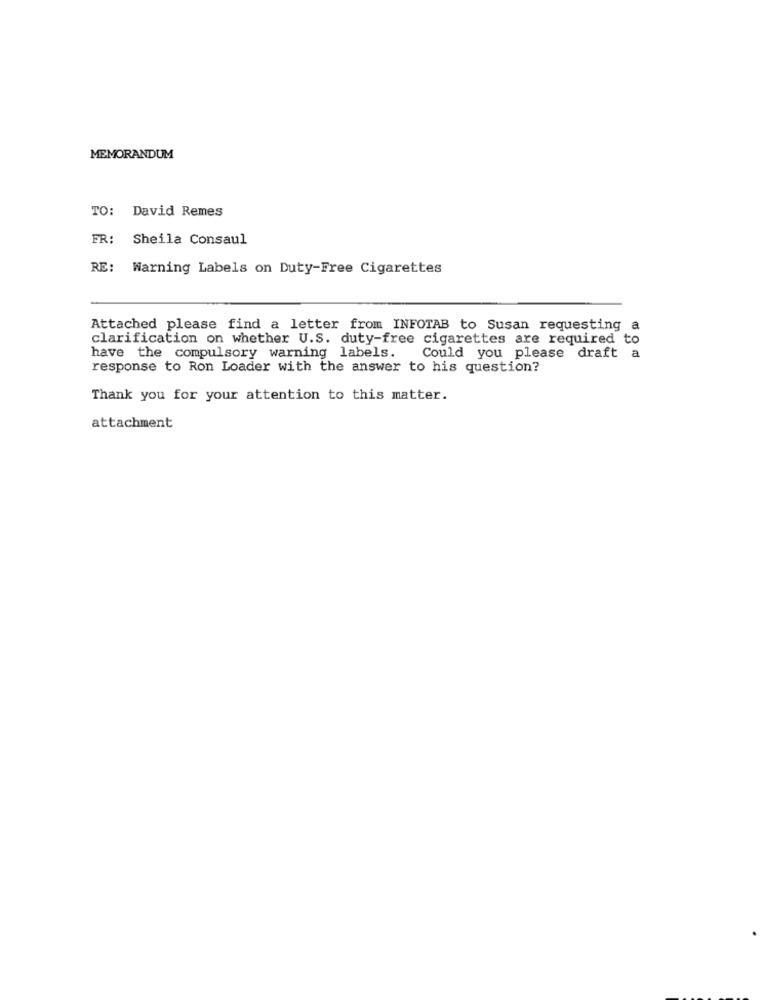
MEMORANDUM
TO: David Remes
FR:
Sheila Consaul
RE: Warning Labels on Duty-Free Cigarettes
Attached please find a letter from INFOTAB to Susan requesting a
clarification on whether U.S. duty-free cigarettes are required to
have the compulsory warning labels.
Could you please draft a
response to Ron Loader with the answer to his question?
Thank you for your attention to this matter.
attachment